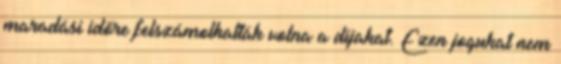
maradási időre felszámolhatták volna a díjakat. Ezen jogukat nem